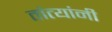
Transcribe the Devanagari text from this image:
तांत्यांनी